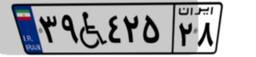
۲۳W۳۹۰۷۱